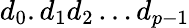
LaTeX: d_{0}.d_{1}d_{2}\ldots d_{p-1}